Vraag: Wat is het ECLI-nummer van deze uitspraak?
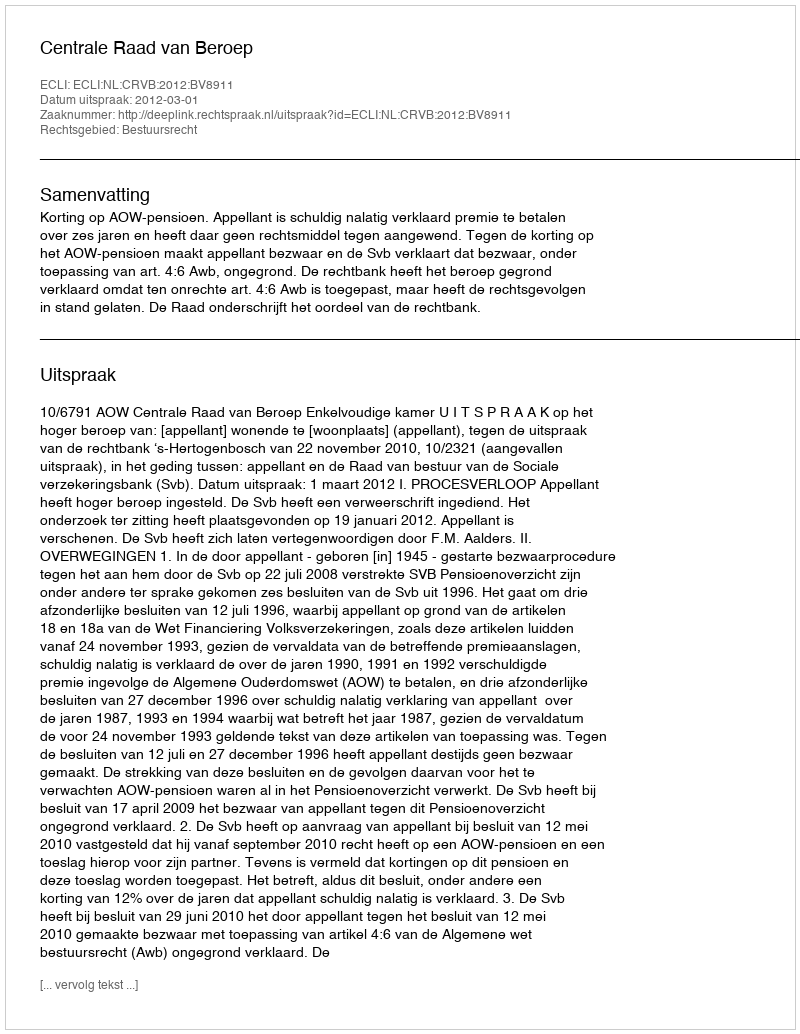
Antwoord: ECLI:NL:CRVB:2012:BV8911